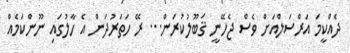
ދެއްކީމަ އަރްސަލްއަށް ވެސް ޖެހޭނީ ޤަބޫލުކުރަން... ރޭ ހަތަރުދަން އެ ހާލުގައި ނޫންކަމެއް